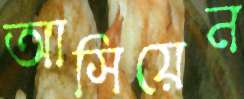
আসিয়েন